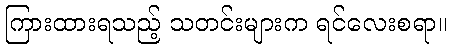
ကြားထားရသည့် သတင်းများက ရင်လေးစရာ။